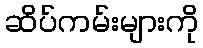
ဆိပ်ကမ်းများကို